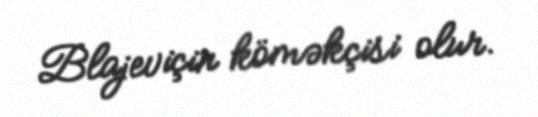
Blajeviçin köməkçisi olur.